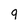
Character: q